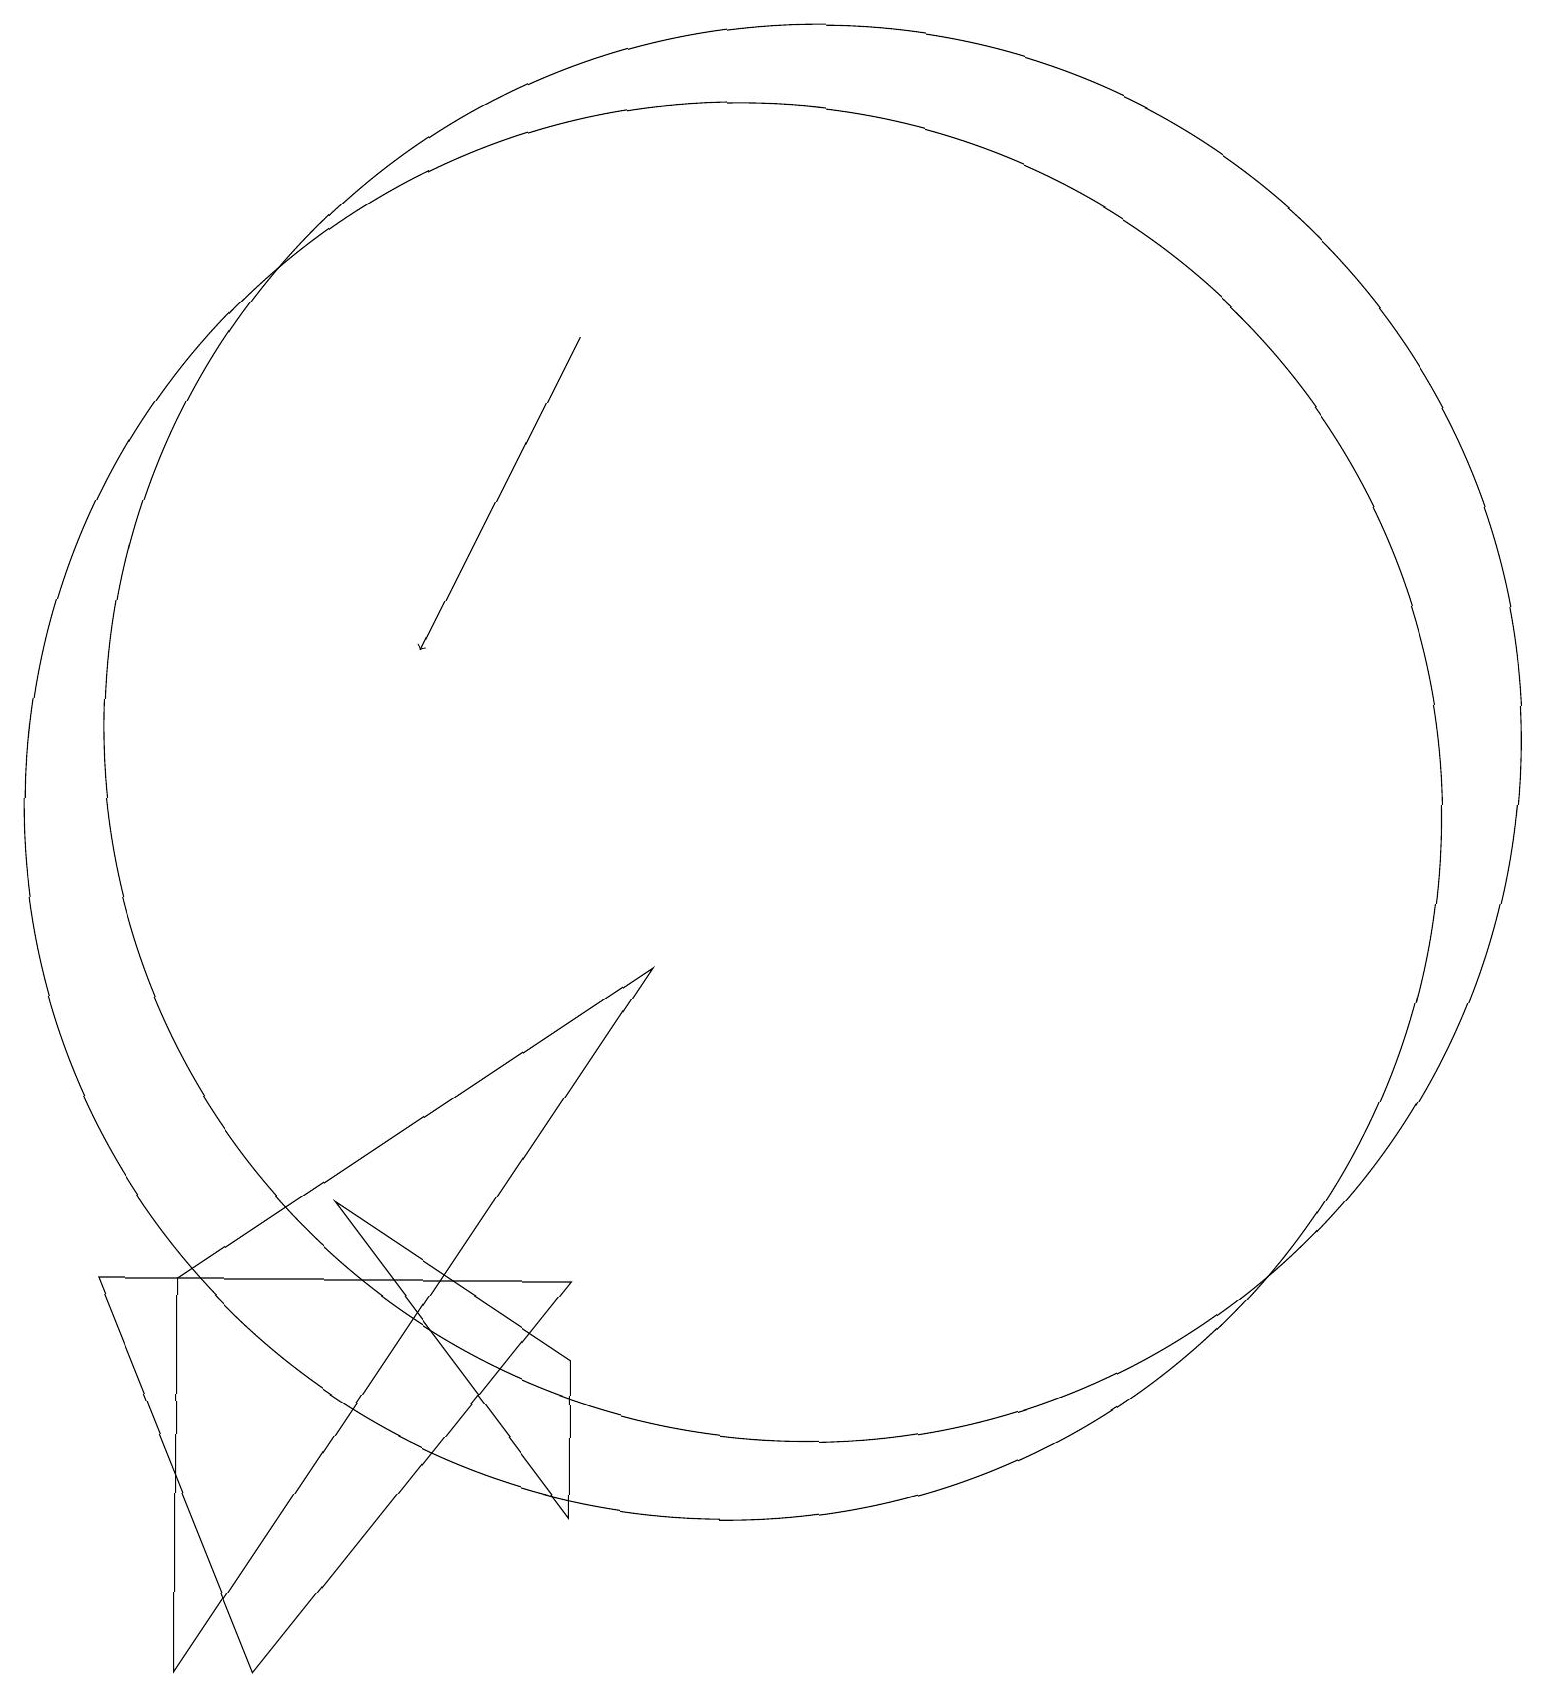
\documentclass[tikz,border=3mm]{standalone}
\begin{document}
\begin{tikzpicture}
\draw[->] (8,17) -- (6,13);
\draw (3,0) -- (3,5) -- (9,9) -- cycle;
\draw (4,0) -- (8,5) -- (2,5) -- cycle;
\draw (11,12) circle (9);
\draw (5,6) -- (8,2) -- (8,4) -- cycle;
\draw (10,11) circle (9);
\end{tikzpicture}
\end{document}